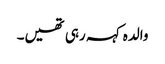
والدہ کہہ رہی تھیں۔